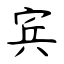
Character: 宾